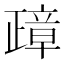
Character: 𰙸